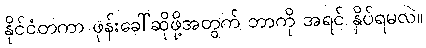
နိုင်ငံတကာ ဖုန်းခေါ်ဆိုဖို့အတွက် ဘာကို အရင် နှိပ်ရမလဲ။